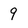
Character: 9